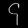
Digit: ၄